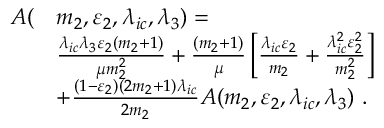
\begin{array} { r l } { A ( } & { m _ { 2 } , \varepsilon _ { 2 } , \lambda _ { i c } , \lambda _ { 3 } ) = } \\ & { \frac { \lambda _ { i c } \lambda _ { 3 } \varepsilon _ { 2 } ( m _ { 2 } + 1 ) } { \mu m _ { 2 } ^ { 2 } } + \frac { ( m _ { 2 } + 1 ) } { \mu } \left[ \frac { \lambda _ { i c } \varepsilon _ { 2 } } { m _ { 2 } } + \frac { \lambda _ { i c } ^ { 2 } \varepsilon _ { 2 } ^ { 2 } } { m _ { 2 } ^ { 2 } } \right] } \\ & { + \frac { ( 1 - \varepsilon _ { 2 } ) ( 2 m _ { 2 } + 1 ) \lambda _ { i c } } { 2 m _ { 2 } } A ( m _ { 2 } , \varepsilon _ { 2 } , \lambda _ { i c } , \lambda _ { 3 } ) ~ . } \end{array}